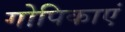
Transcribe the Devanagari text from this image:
गोपिकाएं